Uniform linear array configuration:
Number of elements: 12
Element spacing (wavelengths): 1
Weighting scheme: blackman
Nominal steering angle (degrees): -45
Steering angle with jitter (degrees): -45.495
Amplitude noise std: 0.05
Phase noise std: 0.05

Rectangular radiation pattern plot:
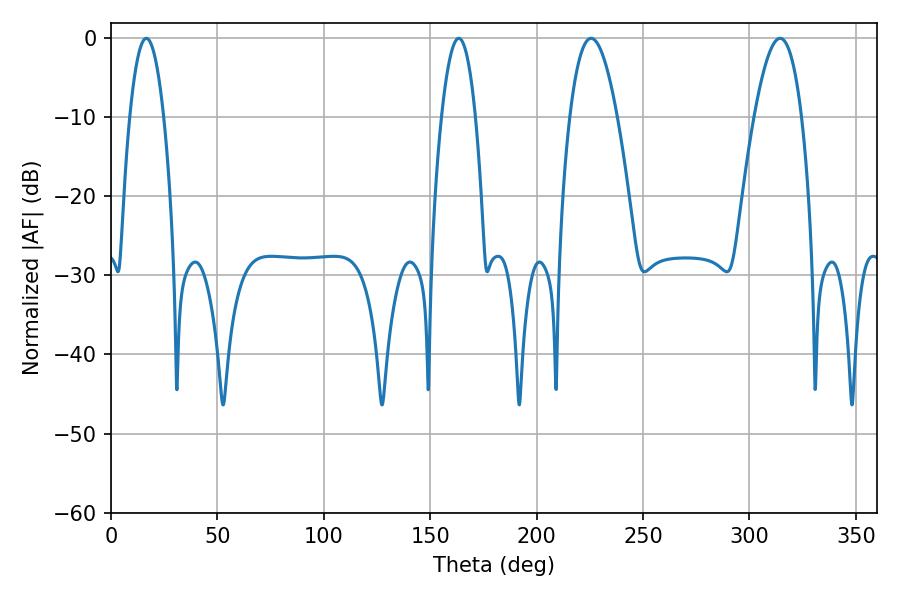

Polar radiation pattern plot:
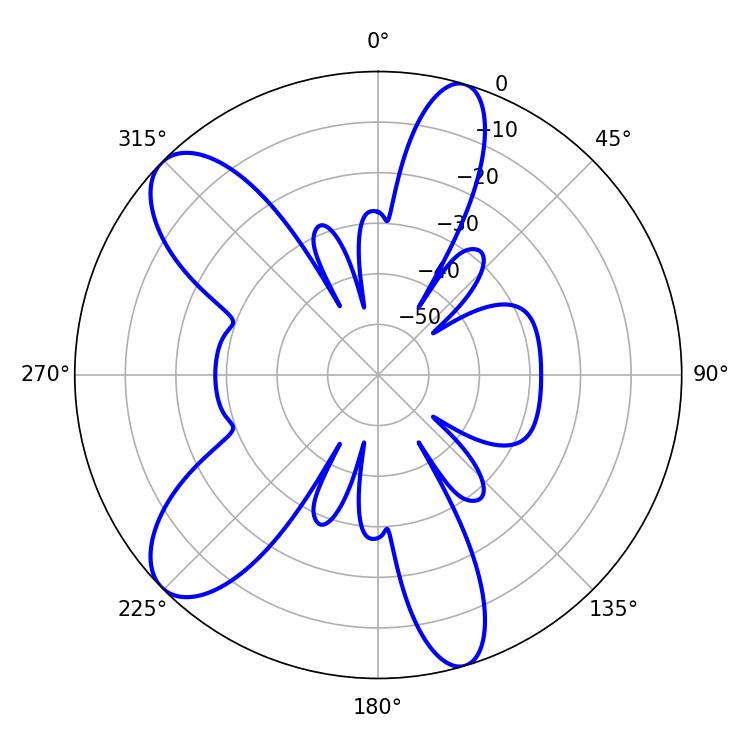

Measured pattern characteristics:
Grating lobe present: TRUE
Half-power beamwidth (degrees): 8.82
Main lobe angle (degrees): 16.56